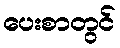
ပေးစာတွင်